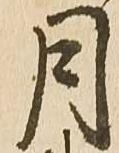
月